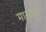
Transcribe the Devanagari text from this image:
मानदन्द